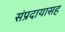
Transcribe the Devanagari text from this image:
संप्रदायासह